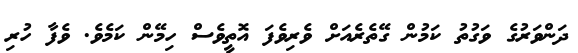
ދަންވަރުގެ ވަގުތު ކަމުން ގޭތެރެއަށް ވެރިވެފަ އޮތީވެސް ހިމޭން ކަމެވެ. ވެފާ ހުރި